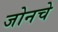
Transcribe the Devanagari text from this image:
जोनचे